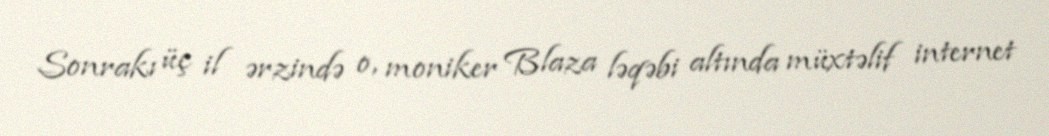
Sonrakı üç il ərzində o, moniker Blaza ləqəbi altında müxtəlif internet